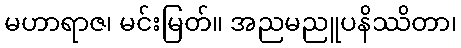
မဟာရာဇ၊ မင်းမြတ်။ အညမညူပနိဿိတာ၊